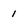
Character: 1